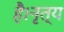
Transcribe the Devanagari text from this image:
है।नृत्य